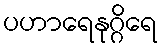
ပဟာရေနုဂ္ဂိရေ